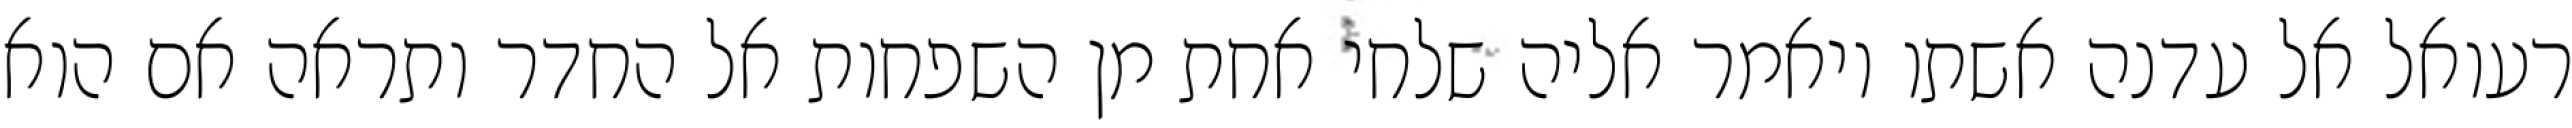
רעואל אל עדנה אשתו ויאמר אליה שלחי אחת מן השפחות אל החדר ותראה אם הוא